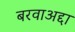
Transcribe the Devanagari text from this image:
बरवाअद्दा